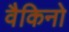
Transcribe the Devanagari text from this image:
वैकिनो